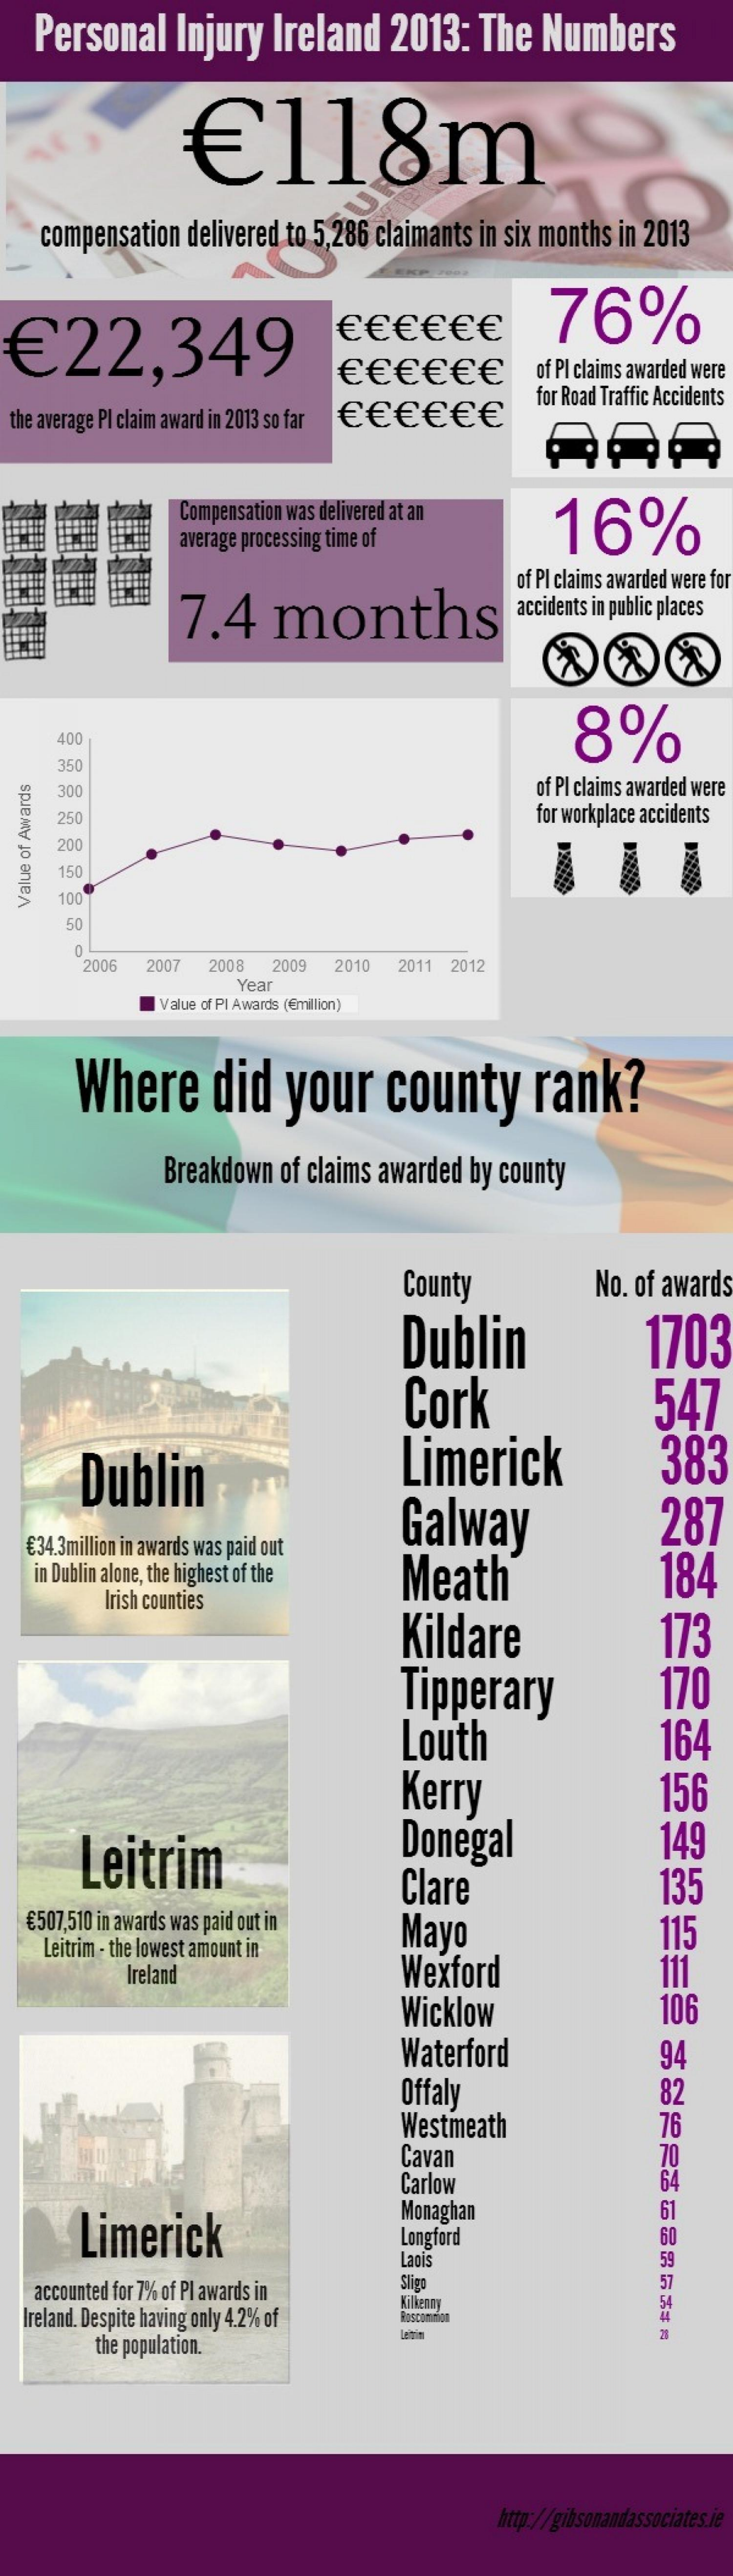
Personal    Injury  Ireland   2013:   The  Numbers
     €    118m
    compensation delivered to 5,286 claimants in six months in 2013
  €  22,349
     € € €  € € €    76%
     € €  € € €  €   of PI claims awarded were
  the average PI claim award in 2013 so far € € € € € €
     for Road Traffic Accidents
     Compensation was delivered at an
     16% average processing time of
     7.4    months
     of PI claims awarded were for
     accidents in public places
     8%
     400
     350
     300    of PI claims awarded were
     250    for workplace accidents
     200
     150
     100 Value
  of
  Awards
     50
     0
     2006  2007 2008 2009 2010 2011 2012
     Year
     Value of PI Awards (@million)
     Where    did   your    county    rank?
     Breakdown of claims awarded by county
     County    No. of awards
     Dublin    1703
     Cork    547
     Dublin    Limerick    383
     Galway    287
  € 34.3million in awards was paid out
   in Dublin alone, the highest of the Meath    184
     Irish counties
     Kildare
     Tipperary
     173
     170
     Louth
     Kerry
     164
     156
     Leitrim    Donegal    149
     Clare    135
  € 507,510 in awards was paid out in
    Leitrim - the lowest amount in
     Mayo    115
     Ireland    Wexford    111
     Wicklow    106
     Waterford    94
     Offaly    82
     Westmeath    76
     Cavan    70
     Carlow    64
     Limerick
     Monaghan    61
     Longford    60
     Laois
   accounted for 7% of PI awards in
     Sligo
  Ireland. Despite having only 4.2% of
     the population.
     http://gibsonandassociates.ie